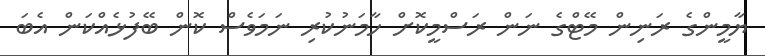
ޔާމީންގެ ރަނިން މޭޓްގެ ނަން ރަސްމީކޮށް ހާމަނުކުރި ނަމަވެސް ކޮން ބޭފުޅެއްކަން އެބަ